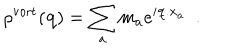
\rho ^ { \mathrm { v o r t } } ( { \bf q } ) = \sum _ { a } m _ { a } e ^ { i { \bf q . x } _ { a } } \, \, \, .